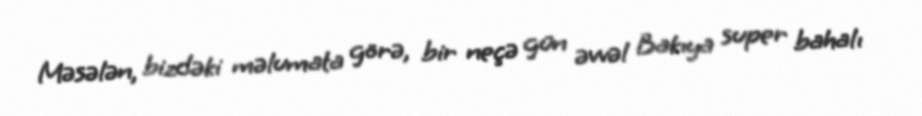
Məsələn, bizdəki məlumata görə, bir neçə gün əvvəl Bakıya super bahalı